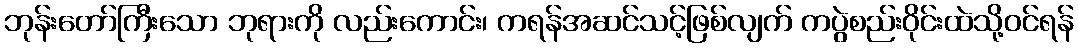
ဘုန်းတော်ကြီးသော ဘုရားကို လည်းကောင်း၊ ကရန်အဆင်သင့်ဖြစ်လျက် ကပွဲစည်းဝိုင်းထဲသို့ဝင်ရန်